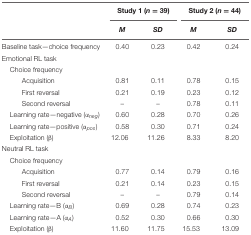
<table><thead><tr><td></td><td colspan="2"><b>Study 1 (<i>n</i> = 39)</b></td><td colspan="2"><b>Study 2 (<i>n</i> = 44)</b></td></tr><tr><td></td><td><b><i>M</i></b></td><td><b><i>SD</i></b></td><td><b><i>M</i></b></td><td><b><i>SD</i></b></td></tr></thead><tbody><tr><td>Baseline task—choice frequency</td><td>0.40</td><td>0.23</td><td>0.42</td><td>0.24</td></tr><tr><td>Emotional RL task</td><td></td><td></td><td></td><td></td></tr><tr><td>Choice frequency</td><td></td><td></td><td></td><td></td></tr><tr><td>Acquisition</td><td>0.81</td><td>0.11</td><td>0.78</td><td>0.15</td></tr><tr><td>First reversal</td><td>0.21</td><td>0.19</td><td>0.23</td><td>0.12</td></tr><tr><td>Second reversal</td><td>–</td><td>–</td><td>0.78</td><td>0.11</td></tr><tr><td>Learning rate—negative (<i>α<sub>neg</sub></i>)</td><td>0.60</td><td>0.28</td><td>0.70</td><td>0.26</td></tr><tr><td>Learning rate—positive (<i>α<sub>pos</sub></i>)</td><td>0.58</td><td>0.30</td><td>0.71</td><td>0.24</td></tr><tr><td>Exploitation (<i>β</i>)</td><td>12.06</td><td>11.26</td><td>8.33</td><td>8.20</td></tr><tr><td>Neutral RL task</td><td></td><td></td><td></td><td></td></tr><tr><td>Choice frequency</td><td></td><td></td><td></td><td></td></tr><tr><td>Acquisition</td><td>0.77</td><td>0.14</td><td>0.79</td><td>0.16</td></tr><tr><td>First reversal</td><td>0.21</td><td>0.14</td><td>0.23</td><td>0.15</td></tr><tr><td>Second reversal</td><td>–</td><td>–</td><td>0.79</td><td>0.14</td></tr><tr><td>Learning rate—B (<i>α<sub>B</sub></i>)</td><td>0.69</td><td>0.28</td><td>0.74</td><td>0.23</td></tr><tr><td>Learning rate—A (<i>α<sub>A</sub></i>)</td><td>0.52</td><td>0.30</td><td>0.66</td><td>0.30</td></tr><tr><td>Exploitation (<i>β</i>)</td><td>11.60</td><td>11.75</td><td>15.53</td><td>13.09</td></tr></tbody></table>